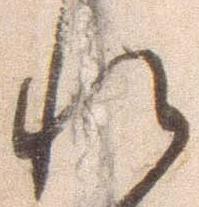
れ